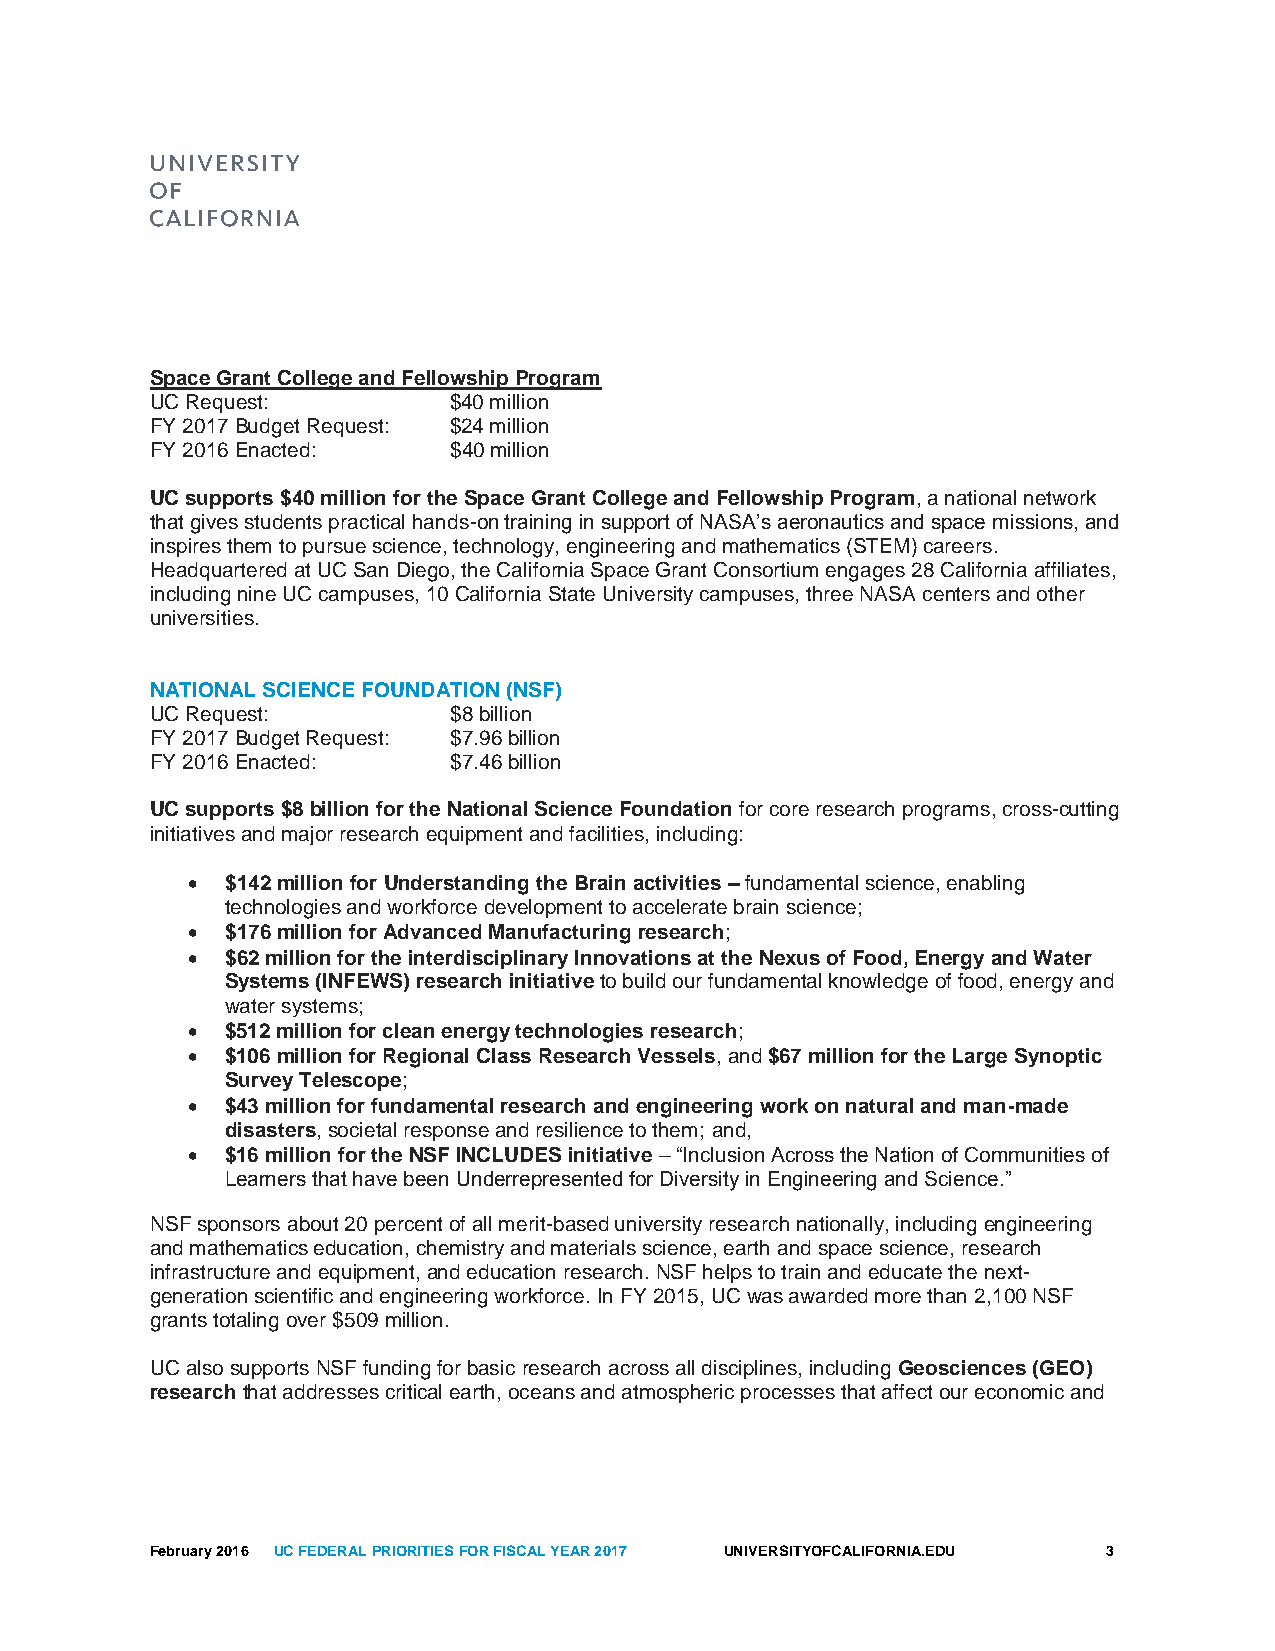
Space Grant College and Fellowship Program
 UC Request:         $40 million
 FY 2017 Budget Request: $24 million
 FY 2016 Enacted:    $40 million
 UC supports $40 million for the Space Grant College and Fellowship Program, a national network
 that gives students practical hands-on training in support of NASA’s aeronautics and space missions, and
 inspires them to pursue science, technology, engineering and mathematics (STEM) careers.
 Headquartered at UC San Diego, the California Space Grant Consortium engages 28 California affiliates,
 including nine UC campuses, 10 California State University campuses, three NASA centers and other
 universities.
 NATIONAL SCIENCE FOUNDATION (NSF)
 UC Request:         $8 billion
 FY 2017 Budget Request: $7.96 billion
 FY 2016 Enacted:    $7.46 billion
 UC supports $8 billion for the National Science Foundation for core research programs, cross-cutting
 initiatives and major research equipment and facilities, including:
   $142 million for Understanding the Brain activities – fundamental science, enabling
 technologies and workforce development to accelerate brain science;
   $176 million for Advanced Manufacturing research;
   $62 million for the interdisciplinary Innovations at the Nexus of Food, Energy and Water
 Systems (INFEWS) research initiative to build our fundamental knowledge of food, energy and
 water systems;
   $512 million for clean energy technologies research;
   $106 million for Regional Class Research Vessels, and $67 million for the Large Synoptic
 Survey Telescope;
   $43 million for fundamental research and engineering work on natural and man-made
 disasters, societal response and resilience to them; and,
   $16 million for the NSF INCLUDES initiative – “Inclusion Across the Nation of Communities of
 Learners that have been Underrepresented for Diversity in Engineering and Science.”
 NSF sponsors about 20 percent of all merit-based university research nationally, including engineering
 and mathematics education, chemistry and materials science, earth and space science, research
 infrastructure and equipment, and education research. NSF helps to train and educate the next-
 generation scientific and engineering workforce. In FY 2015, UC was awarded more than 2,100 NSF
 grants totaling over $509 million.
 UC also supports NSF funding for basic research across all disciplines, including Geosciences (GEO)
 research that addresses critical earth, oceans and atmospheric processes that affect our economic and
 February 2016 UC FEDERAL PRIORITIES FOR FISCAL YEAR 2017 UNIVERSITYOFCALIFORNIA.EDU 3